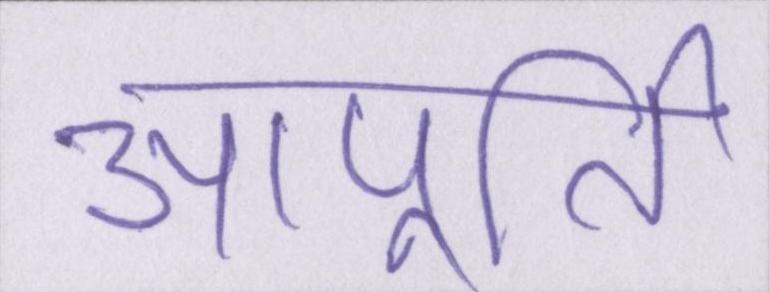
आपूर्ति